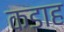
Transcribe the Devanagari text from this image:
कडाह